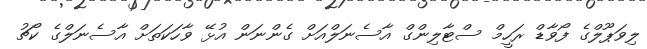
ލިވަޕޫލްގެ ފޯވާޑް ރަހީމް ސްޓާލިންގް އާސެނަލްއަށް ގެންނަން އުޅޭ ވާހަކަތަށް އާސެނަލްގެ ކޯޗު